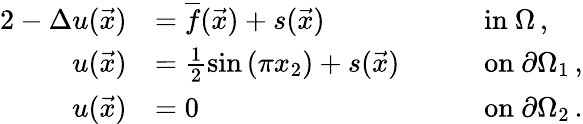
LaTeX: \begin{array}{rlrl}{{2}-\Delta u(\vec{x})}&{=\overline{{f}}(\vec{x})+s(\vec{x})\quad}&&{\mathrm{in~}\Omega\, ,}\\ {u(\vec{x})}&{=\frac{1}{2}\sin\left(\pi x_{2}\right)+s(\vec{x})\quad}&&{\mathrm{on~}\partial\Omega_{1}\, ,}\\ {u(\vec{x})}&{=0\quad}&&{\mathrm{on~}\partial\Omega_{2}\, .}\end{array}